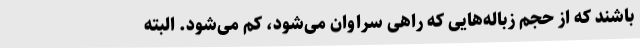
باشند که از حجم زباله‌هایی که راهی سراوان می‌شود، کم می‌شود. البته